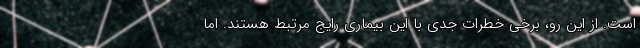
است. از این رو، برخی خطرات جدی با این بیماری رایج مرتبط هستند. اما